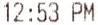
12:53 PM